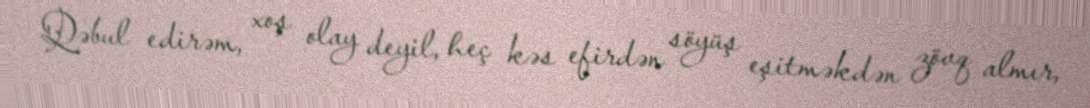
Qəbul edirəm, xoş olay deyil, heç kəs efirdən söyüş eşitməkdən zövq almır,